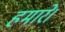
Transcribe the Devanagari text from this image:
हमारे।